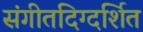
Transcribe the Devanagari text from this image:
संगीतदिग्दर्शित